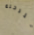
للرحلة